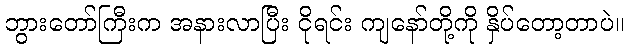
ဘွားတော်ကြီးက အနားလာပြီး ငိုရင်း ကျနော်တို့ကို နှိပ်တော့တာပဲ။